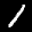
Label: 1